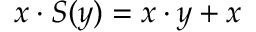
x \cdot S ( y ) = x \cdot y + x